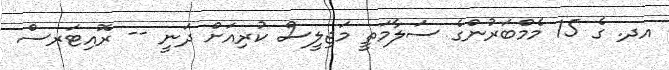
އދ. ގެ 15 މެމްބަރުންގެ ސަލާމަތީ މަޖިލީސް ކުރިއަށް ދަނީ -- ރޮއިޓަރސް